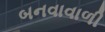
બનવાવાળી